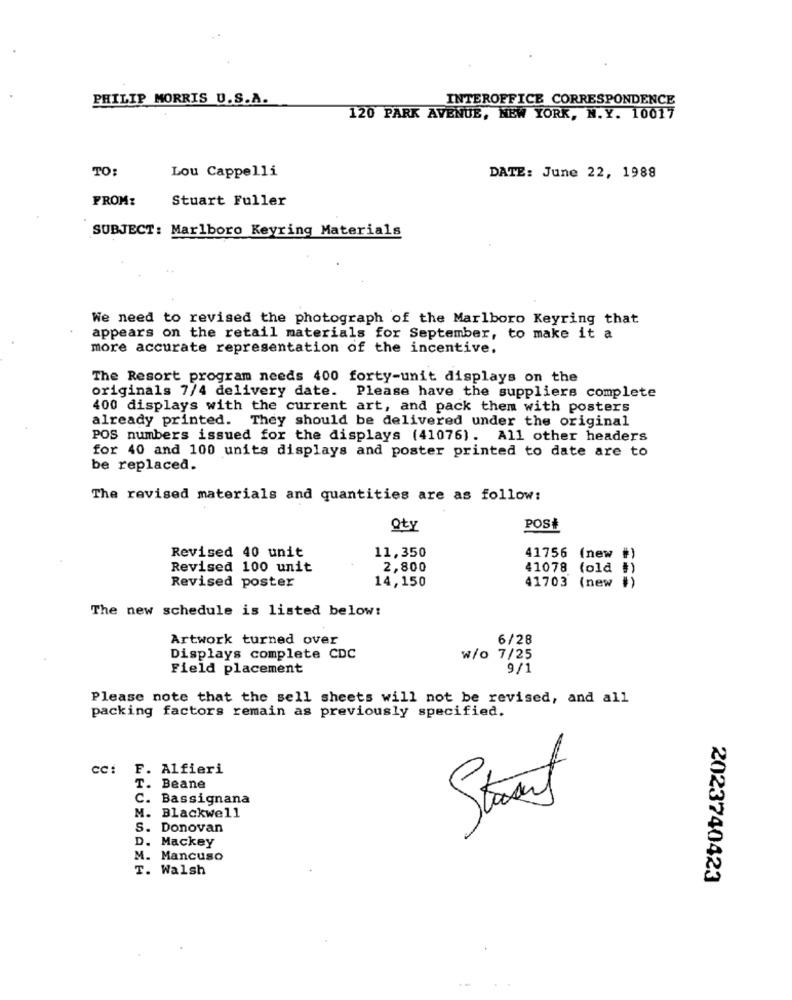
PHILIP MORRIS U.S.A.
INTEROFFICE CORRESPONDENCE
120 PARK AVENUE, NEW YORK, N.Y. 10017
TO:
Lou Cappelli
DATE: June 22, 1988
FROM:
Stuart Fuller
SUBJECT: Marlboro Keyring Materials
We need to revised the photograph of the Marlboro Keyring that
appears on the retail materials for September, to make it a
more accurate representation of the incentive.
The Resort program needs 400 forty-unit displays on the
originals 7/4 delivery date. Please have the suppliers complete
400 displays with the current art, and pack them with posters
already printed. They should be delivered under the original
POS numbers issued for the displays (41076). All other headers
for 40 and 100 units displays and poster printed to date are to
be replaced.
The revised materials and quantities are as follow:
Qty
POSi
11,350
Revised 40 unit
41756 (new #)
Revised 100 unit
2,800
41078 (old #)
Revised poster
14,150
41703 (new #)
The new schedule is listed below:
Artwork turned over
6/28
Displays complete CDC
W/o 7/25
Field placement
9/1
Please note that the sell sheets will not be revised, and all
packing factors remain as previously specified.
cc:
F. Alfieri
T. Beane
C. Bassignana
Strand
M. Blackwell
S. Donovan
D. Mackey
M. Mancuso
T. Walsh
2023740423